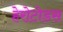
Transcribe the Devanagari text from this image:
हेरोटोडस